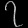
Digit: ၇